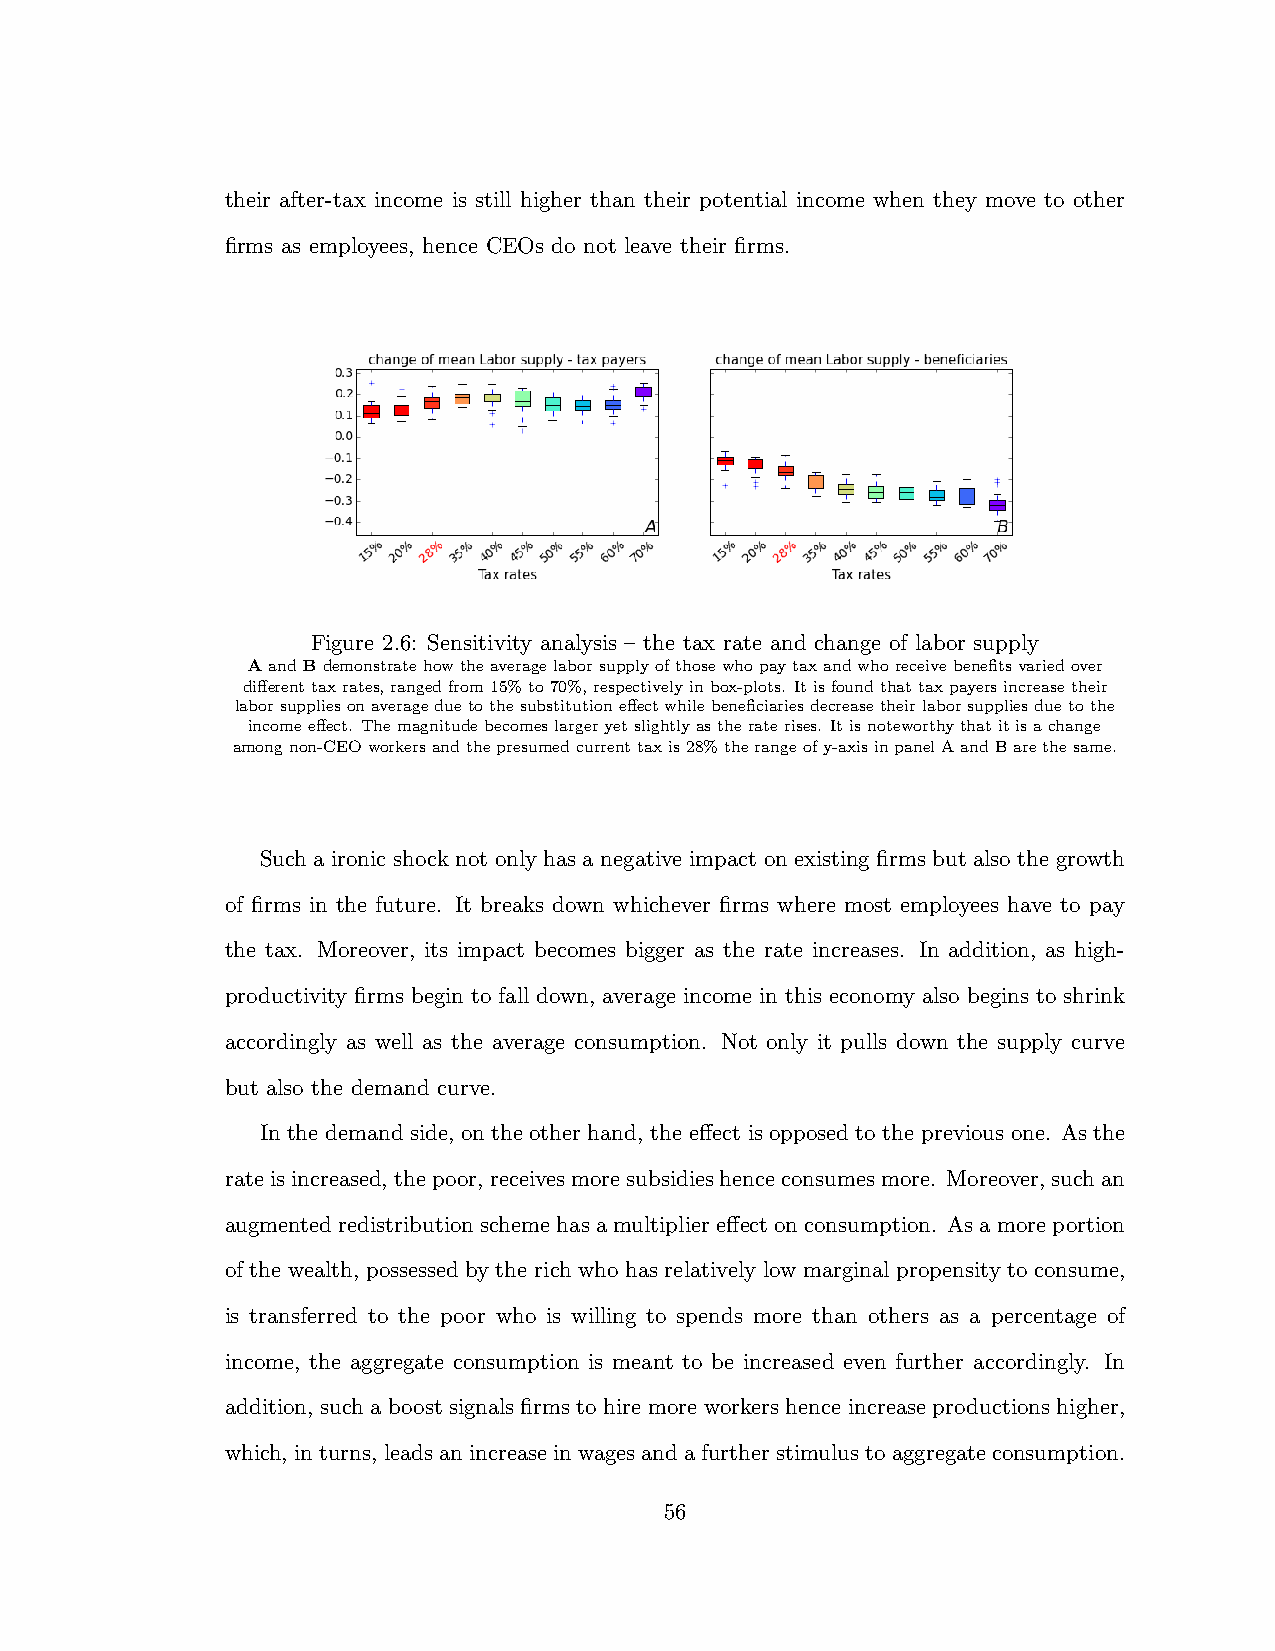
their after-tax income is still higher than their potential income when they move to other
 firms as employees, hence CEOs do not leave their firms.
 Figure 2.6: Sensitivity analysis – the tax rate and change of labor supply
 AandBdemonstratehowtheaveragelaborsupplyofthosewhopaytaxandwhoreceivebenefitsvariedover
 di↵erenttaxrates,rangedfrom15%to70%,respectivelyinbox-plots. Itisfoundthattaxpayersincreasetheir
 laborsuppliesonaverageduetothesubstitutione↵ectwhilebeneficiariesdecreasetheirlaborsuppliesduetothe
 incomee↵ect. Themagnitudebecomeslargeryetslightlyastheraterises. Itisnoteworthythatitisachange
 amongnon-CEOworkersandthepresumedcurrenttaxis28%therangeofy-axisinpanelAandBarethesame.
 Such a ironic shock not only has a negative impact on existing firms but also the growth
 of firms in the future. It breaks down whichever firms where most employees have to pay
 the tax. Moreover, its impact becomes bigger as the rate increases. In addition, as high-
 productivity firms begin to fall down, average income in this economy also begins to shrink
 accordingly as well as the average consumption. Not only it pulls down the supply curve
 but also the demand curve.
 In the demand side, on the other hand, the e↵ect is opposed to the previous one. As the
 rateisincreased,thepoor,receivesmoresubsidieshenceconsumesmore. Moreover,suchan
 augmentedredistributionschemehasamultipliere↵ectonconsumption. Asamoreportion
 of the wealth, possessed by the rich who has relatively low marginal propensity to consume,
 is transferred to the poor who is willing to spends more than others as a percentage of
 income, the aggregate consumption is meant to be increased even further accordingly. In
 addition, such a boost signals firms to hire more workers hence increase productions higher,
 which,inturns,leadsanincreaseinwagesandafurtherstimulustoaggregateconsumption.
 56